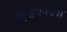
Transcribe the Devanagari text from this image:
बॅट्समनच्या